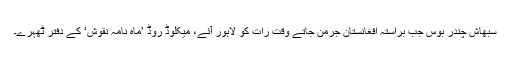
سبھاش چندر بوس جب براستہ افغانستان جرمن جاتے وقت رات کو لاہور آئے، میکلوڈ روڈ ’ماہ نامہ نقوش‘ کے دفتر ٹھہرے۔